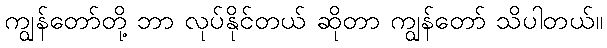
ကျွန်တော်တို့ ဘာ လုပ်နိုင်တယ် ဆိုတာ ကျွန်တော် သိပါတယ်။